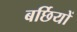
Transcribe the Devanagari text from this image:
बर्छियों